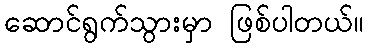
ဆောင်ရွက်သွားမှာ ဖြစ်ပါတယ်။